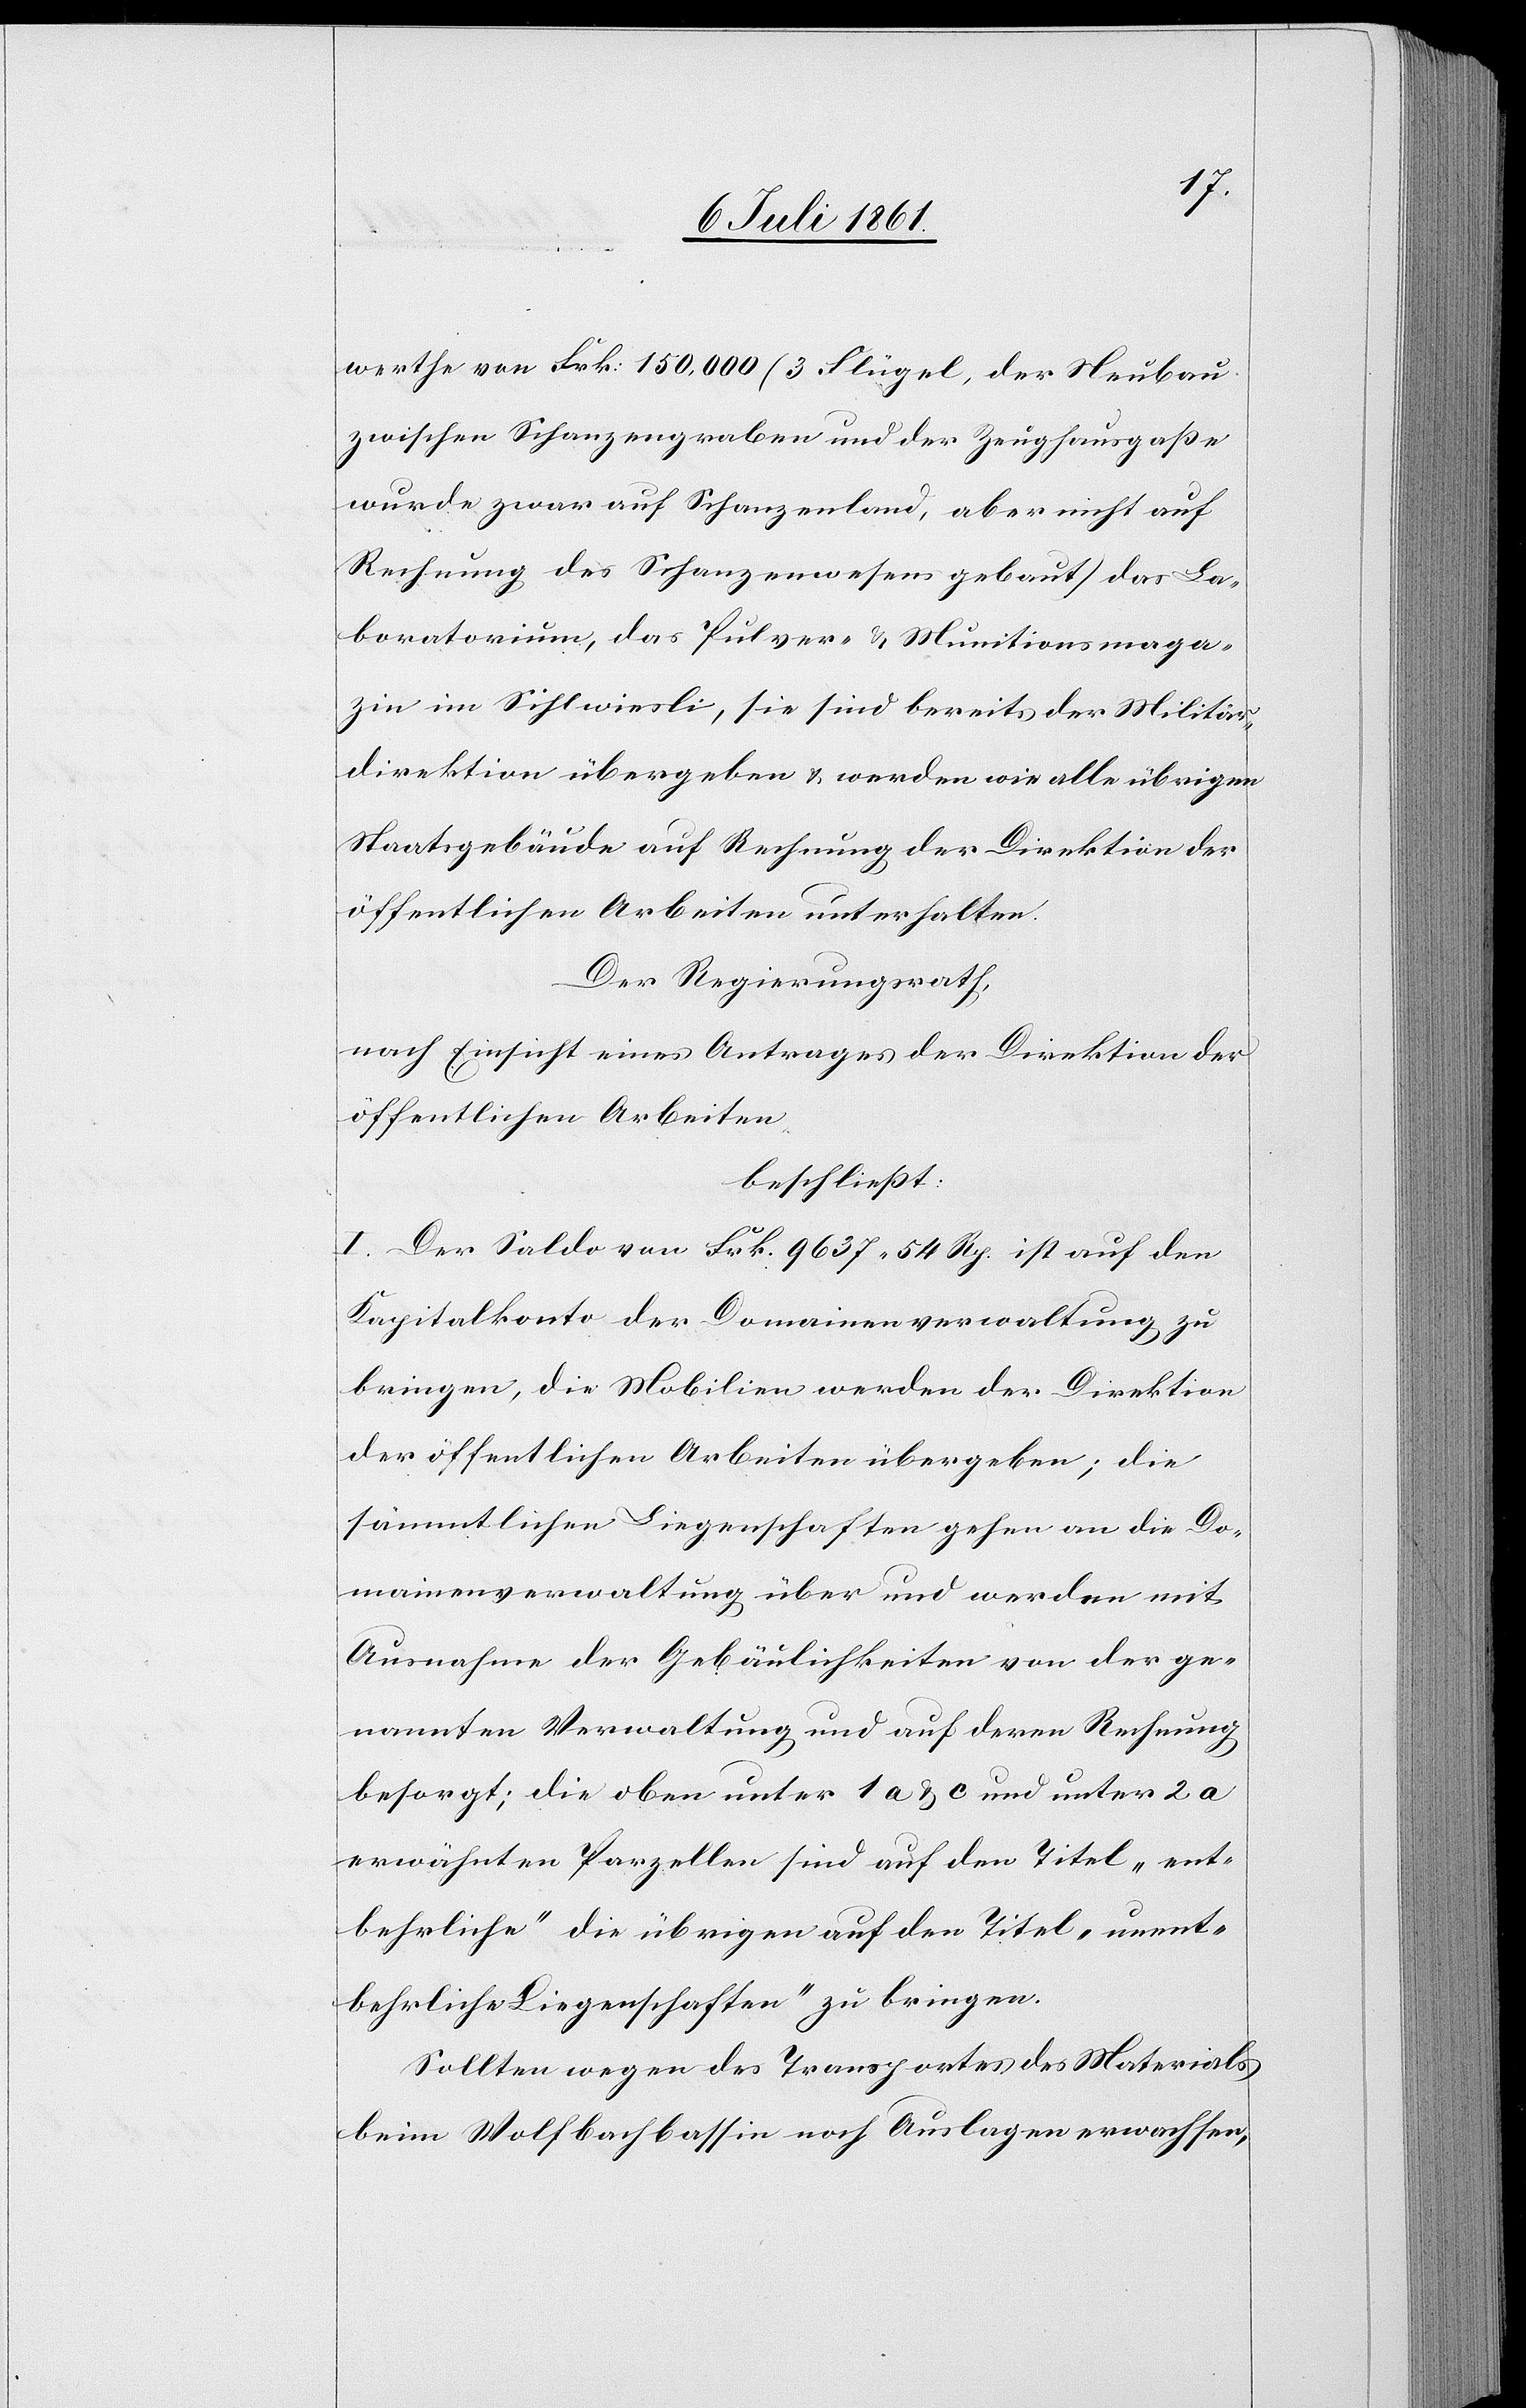
werthe von Frk. 150,000 (3 Flügel, der Neubau
zwischen Schanzengraben und der Zeughausgaße
wurde zwar auf Schanzenland, aber nicht auf
Rechnung des Schanzenwesens gebaut) das La¬
boratorium, das Pulver- u. Munitionsmaga¬
zin im Sihlwiesli, sie sind bereits der Militär¬
direktion übergeben u. werden wie alle übrigen
Staatsgebäude auf Rechnung der Direktion der
öffentlichen Arbeiten unterhalten.
Der Regierungsrath,
nach Einsicht eines Antrages der Direktion der
öffentlichen Arbeiten,
beschließt:
I. Der Saldo von Frk. 9637.54 Rp. ist auf dem
Kapitalkonto der Domainenverwaltung zu
bringen, die Mobilien werden der Direktion
der öffentlichen Arbeiten übergeben; die
sämmtlichen Liegenschaften gehen an die Do¬
mainenverwaltung über und werden mit
Ausnahme der Gebäulichkeiten von der ge¬
nannten Verwaltung und auf deren Rechnung
besorgt; die oben unter 1a u. c und unter 2 a
erwähnten Parzellen sind auf den Titel „ent¬
behrliche“ die übrigen auf den Titel „unent¬
behrliche Liegenschaften“ zu bringen.
Sollten wegen des Transportes des Materials
beim Wolfbachbassin noch Auslagen erwachsen,